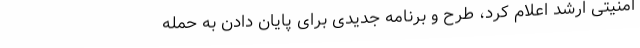
امنیتی ارشد اعلام کرد، طرح و برنامه جدیدی برای پایان دادن به حمله